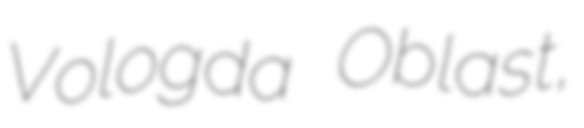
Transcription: Vologda Oblast,